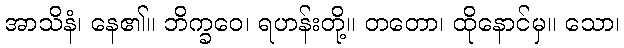
အာသိနံ၊ နေ၏။ ဘိက္ခဝေ၊ ရဟန်းတို့။ တတော၊ ထိုနောင်မှ။ သော၊